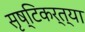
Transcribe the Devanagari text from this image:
सृष्टिकर्त्या